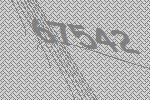
67542